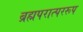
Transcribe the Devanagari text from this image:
ब्रह्मपरात्पररूप